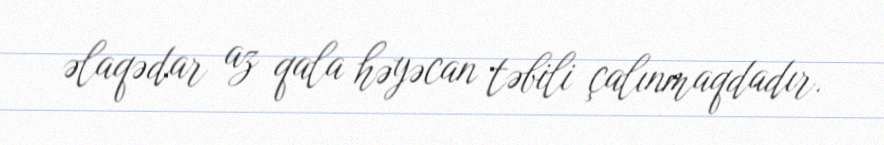
əlaqədar az qala həyəcan təbili çalınmaqdadır.